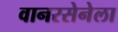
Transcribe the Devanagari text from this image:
वानरसेनेला